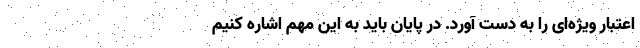
اعتبار ویژه‌ای را به دست آورد. در پایان باید به این مهم اشاره کنیم